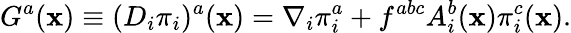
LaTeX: G^{a}(\mathbf{x})\equiv(D_{i}\pi_{i})^{a}(\mathbf{x})=\nabla_{i}\pi_{i}^{a}+f^{abc}A_{i}^{b}(\mathbf{x})\pi_{i}^{c}(\mathbf{x}).